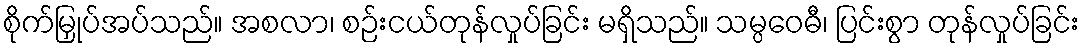
စိုက်မြှုပ်အပ်သည်။ အစလာ၊ စဉ်းငယ်တုန်လှုပ်ခြင်း မရှိသည်။ သမ္ပဝေဓီ၊ ပြင်းစွာ တုန်လှုပ်ခြင်း